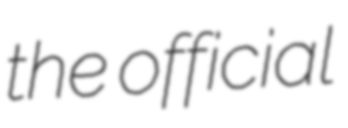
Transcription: the official